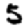
Digit: 5